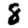
Digit: 8